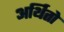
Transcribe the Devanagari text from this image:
अर्थितो